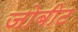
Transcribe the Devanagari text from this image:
जोबीट